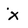
Character: x